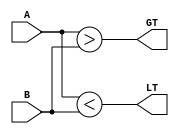

//////////////////////////////////////////////////////////////////////////////////
// Company: 
// Engineer: 
// 
// Design Name: 
// Module Name:    compmc12 
// Project Name: 
// Target Devices: 
// Tool versions: 
// Description: 
//
// Dependencies: 
//
// Revision: 
// Revision 0.01 - File Created
// Additional Comments: 
//
//////////////////////////////////////////////////////////////////////////////////
module compmc12(GT, LT, A, B);
    

   output GT;
   output LT;

   input  [11:0] A;
   input  [11:0] B;


   assign GT = A > B  ;
   assign LT = A < B  ;    


endmodule